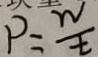
P = \frac { W } { t }